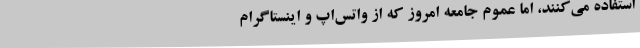
استفاده می‌کنند، اما عموم جامعه امروز که از واتس‌اپ و اینستاگرام